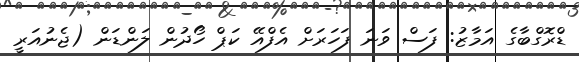
ޑްރޮގްބާގެ އަމާޒު: ފަސް ވަނަ ފަހަރަށް އެފްއޭ ކަޕް ހޯދުން ލަންޑަން (ޖެނުއަރީ